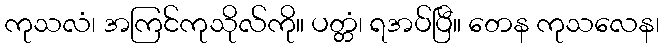
ကုသလံ၊ အကြင်ကုသိုလ်ကို။ ပတ္တံ၊ ရအပ်ပြီ။ တေန ကုသလေန၊